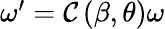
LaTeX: \begin{array}{r}{\omega^{\prime}=\mathcal{C}\left(\beta,\theta\right)\omega}\end{array}